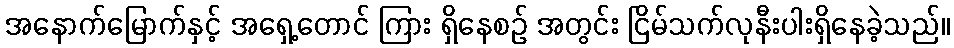
အနောက်မြောက်နှင့် အရှေ့တောင် ကြား ရှိနေစဉ် အတွင်း ငြိမ်သက်လုနီးပါးရှိနေခဲ့သည်။